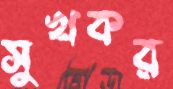
সুখকর